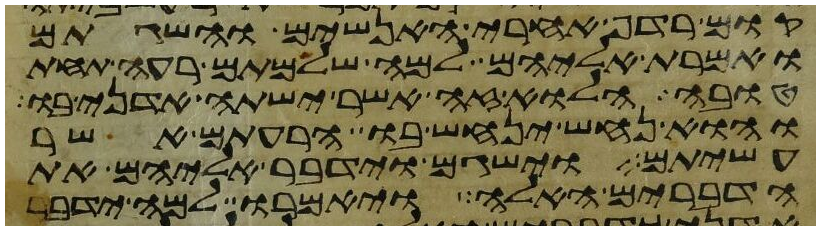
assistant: קום רדף אחרי האנשים והשגתם
ואמרת אליהם למה שלמתם רעה תחת
טובה הלוא זה אשר ישתה אדני בו
והוא נחש ינחש בו הרעתם אשר
עשיתם וישגם וידבר אליהם את
הדברים האלה ויאמרו למה ידבר